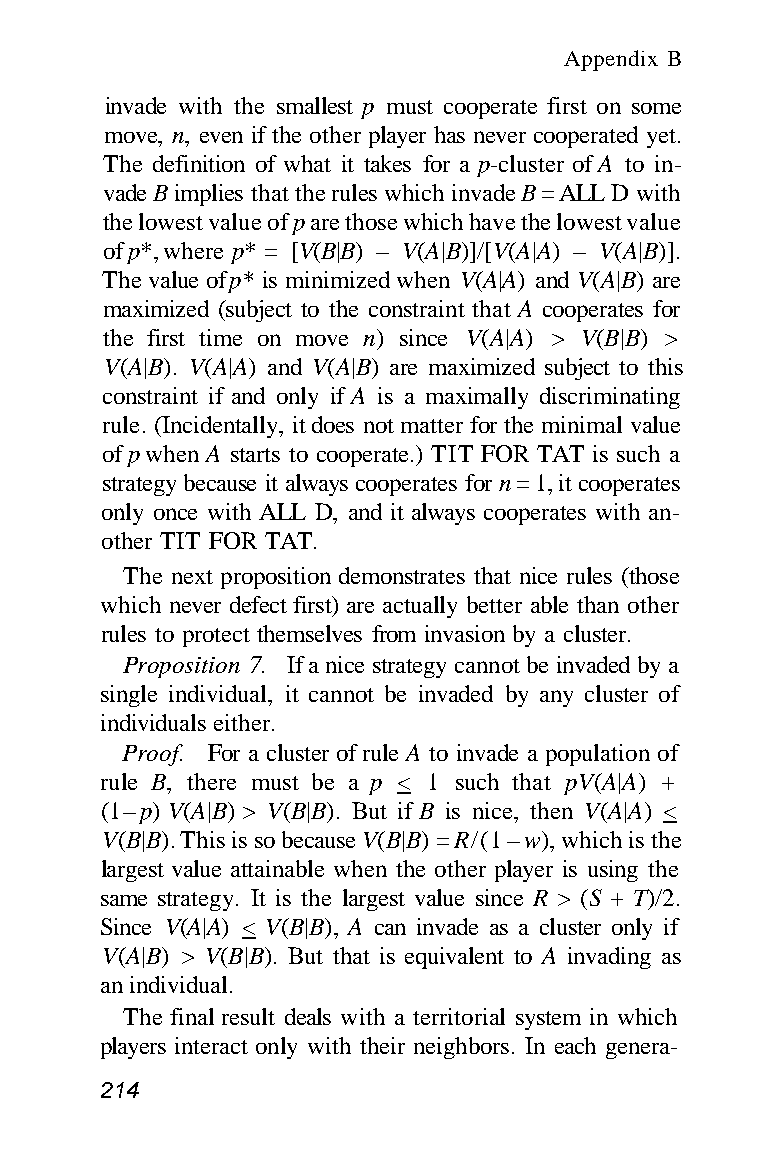
Appendix B
 invade with the smallest p must cooperate first on some
 move, n, even if the other player has never cooperated yet.
 The definition of what it takes for a p-cluster of A to in-
 vade B implies that the rules which invade B = ALL D with
 the lowest value of p are those which have the lowest value
 of p*, where p* = [V(B|B) – V(A|B)]/[V(A|A) – V(A|B)].
 The value of p* is minimized when V(A|A) and V(A|B) are
 maximized (subject to the constraint that A cooperates for
 the first time on move n) since V(A|A) > V(B|B) >
 V(A|B). V(A|A) and V(A|B) are maximized subject to this
 constraint if and only if A is a maximally discriminating
 rule. (Incidentally, it does not matter for the minimal value
 of p when A starts to cooperate.) TIT FOR TAT is such a
 strategy because it always cooperates for n = 1, it cooperates
 only once with ALL D, and it always cooperates with an-
 other TIT FOR TAT.
 The next proposition demonstrates that nice rules (those
 which never defect first) are actually better able than other
 rules to protect themselves from invasion by a cluster.
 Proposition 7. If a nice strategy cannot be invaded by a
 single individual, it cannot be invaded by any cluster of
 individuals either.
 Proof. For a cluster of rule A to invade a population of
 rule B, there must be a p < 1 such that pV(A|A) +
 (1 – p) V(A|B) > V(B|B). But if B is nice, then V(A|A) <
 V(B|B). This is so because V(B|B) = R/(1 – w), which is the
 largest value attainable when the other player is using the
 same strategy. It is the largest value since R > (S + T)/2.
 Since V(A|A) < V(B|B), A can invade as a cluster only if
 V(A|B) > V(B|B). But that is equivalent to A invading as
 an individual.
 The final result deals with a territorial system in which
 players interact only with their neighbors. In each genera-
 214